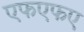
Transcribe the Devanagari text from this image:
एफएफए